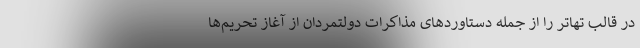
در قالب تهاتر را از جمله دستاوردهای مذاکرات دولتمردان از آغاز تحریم‌ها